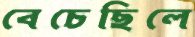
বেচেছিলে